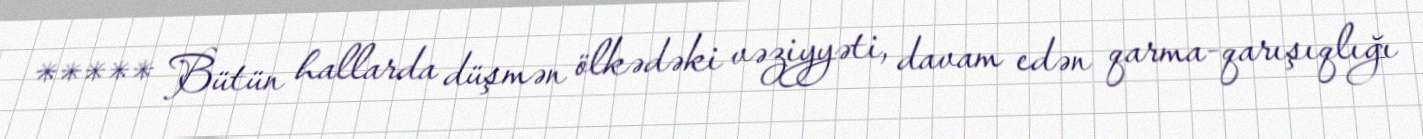
***** Bütün hallarda düşmən ölkədəki vəziyyəti, davam edən qarma-qarışıqlığı